Indian journal of veterinary science and animal husbandry - Volume 6,
Year: 1936
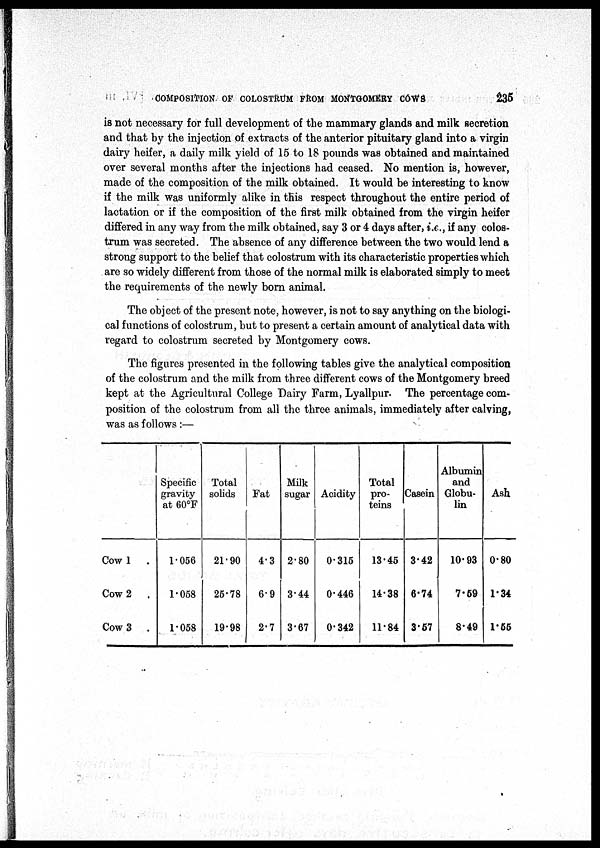
COMPOSITION OF COLOSTRUM FROM MONTGOMERY COWS
235
is not necessary for full development of the mammary glands and milk secretion
and that by the injection of extracts of the anterior pituitary gland into a virgin
dairy heifer, a daily milk yield of 15 to 18 pounds was obtained and maintained
over several months after the injections had ceased. No mention is, however,
made of the composition of the milk obtained. It would be interesting to know
if the milk was uniformly alike in this respect throughout the entire period of
lactation or if the composition of the first milk obtained from the virgin heifer
differed in any way from the milk obtained, say 3 or 4 days after, i.e., if any colos-
trum was secreted. The absence of any difference between the two would lend a
strong support to the belief that colostrum with its characteristic properties which
are so widely different from those of the normal milk is elaborated simply to meet
the requirements of the newly born animal.
The object of the present note, however, is not to say anything on the biologi-
cal functions of colostrum, but to present a certain amount of analytical data with
regard to colostrum secreted by Montgomery cows.
The figures presented in the following tables give the analytical composition
of the colostrum and the milk from three different cows of the Montgomery breed
kept at the Agricultural College Dairy Farm, Lyallpur. The percentage com-
position of the colostrum from all the three animals, immediately after calving,
was as follows :—
Cow 1 .
Cow 2
.
Cow 3 .
Specific
gravity
at 60°F
1.056
1.058
1.058
Total
solids
21.90
25.78
19.98
Fat
4.3
6.9
2.7
Milk
sugar
2.80
3.44
3.67
Acidity
0.315
0.446
0.342
Total
pro-
teins
13.45
14.38
11.84
Casein
3.42
6.74
3.57
Albumin
and
Globu-
lin
10.93
7.59
8.49
Ash
0.80
1.34
1.55